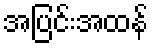
အပြင်းအထန်